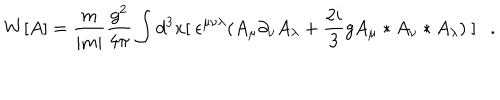
LaTeX: W [ A ] = \frac { m } { | m | } \frac { g ^ { 2 } } { 4 \pi } \int d ^ { 3 } x [ ~ \epsilon ^ { \mu \nu \lambda } ( A _ { \mu } \partial _ { \nu } A _ { \lambda } + \frac { 2 i } { 3 } g A _ { \mu } * A _ { \nu } * A _ { \lambda } ) ~ ] . \,